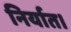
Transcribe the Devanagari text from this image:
निर्यात।